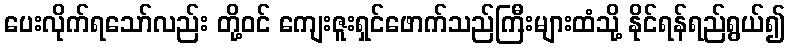
ပေးလိုက်ရသော်လည်း တို့ဝင် ကျေးဇူးရှင်ဖောက်သည်ကြီးများထံသို့ နိုင်ရန်ရည်ရွယ်၍